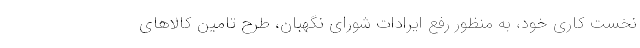
نخست کاری خود، به منظور رفع ایرادات شورای نگهبان، طرح تامین کالاهای